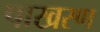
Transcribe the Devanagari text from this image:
पाखरण